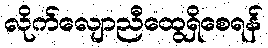
လိုက်လျောညီထွေရှိစေရန်